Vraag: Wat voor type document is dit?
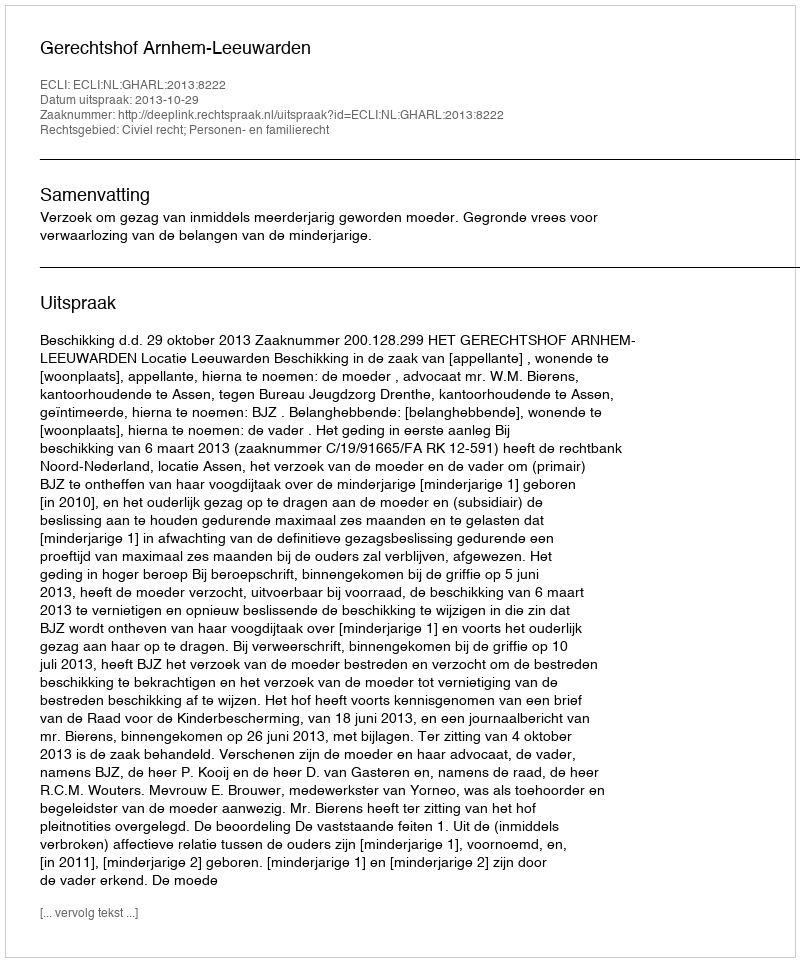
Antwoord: Uitspraak